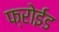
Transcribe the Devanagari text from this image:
फ्रोईड